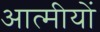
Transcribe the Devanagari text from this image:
आत्मीयों